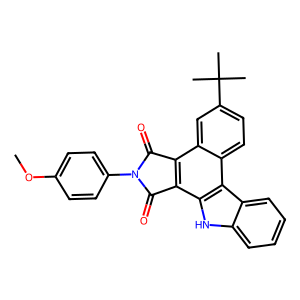
SMILES: COc1ccc(N2C(=O)c3c(c4[nH]c5ccccc5c4c4ccc(C(C)(C)C)cc34)C2=O)cc1
Inhibits HIV replication: No